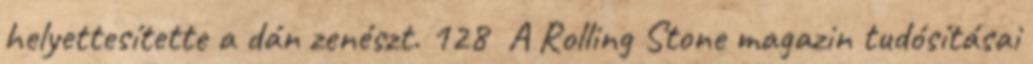
helyettesítette a dán zenészt. 128 A Rolling Stone magazin tudósításai